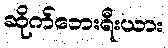
ဆိုက်ဘေးရီးယား